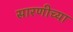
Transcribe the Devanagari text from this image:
सारणीच्या